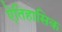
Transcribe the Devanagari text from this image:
ऐतिहासिक